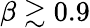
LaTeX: \beta\gtrsim 0.9